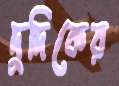
দুদিকের